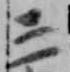
三